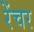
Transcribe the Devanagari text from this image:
रेंचर